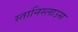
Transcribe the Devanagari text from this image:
स्तानिस्लाउस